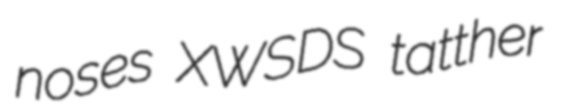
noses XWSDS tatther